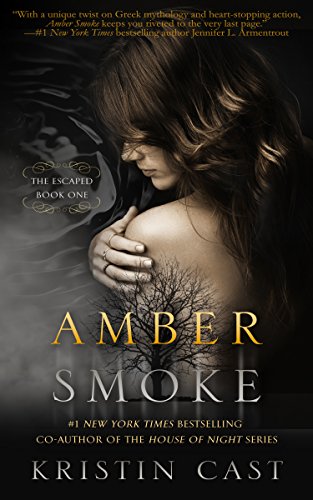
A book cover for Amber Smoke: The Escaped - Book One (The Escaped Series); Kristin Cast; Romance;